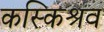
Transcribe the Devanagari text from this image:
कस्किश्रव